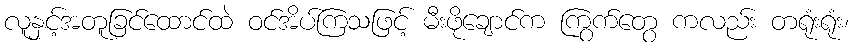
လူနှင့်အတူခြင်ထောင်ထဲ ဝင်အိပ်ကြသဖြင့် မီးဖိုချောင်က ကြွက်တွေ ကလည်း တရုံးရုံး၊